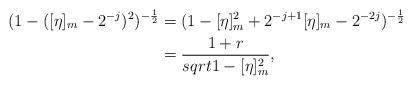
LaTeX: \begin{align*}(1-([\eta]_{m}-2^{-j})^2)^{-\frac{1}{2}}&=(1-[\eta]_{m}^{2}+2^{-j+1}[\eta]_{m}-2^{-2j})^{-\frac{1}{2}}\\&=\frac{1+r}{sqrt{1-[\eta]^{2}_{m}}},\end{align*}